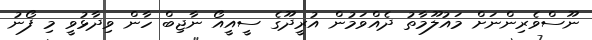
ނޫސްވެރިންނަށް މައުލޫމާތު ދެއްވަމުން އުރީދޫގެ ސީއީއޯ ނާޖިބް ހާން ވިދާޅުވީ މި ފޯނު